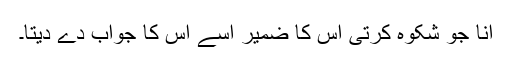
انا جو شکوہ کرتی اس کا ضمیر اسے اس کا جواب دے دیتا۔